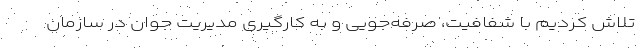
تلاش کردیم با شفافیت، صرفه‌جویی و به کارگیری مدیریت جوان در سازمان